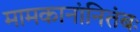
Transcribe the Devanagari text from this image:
मामकानांनितंबः